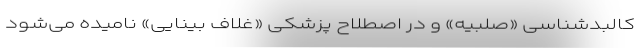
کالبدشناسی «صلبیه» و در اصطلاح پزشکی «غلاف بینایی» نامیده می‌شود